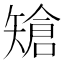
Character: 𥏲